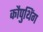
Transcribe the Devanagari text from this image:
कौपुथिंग